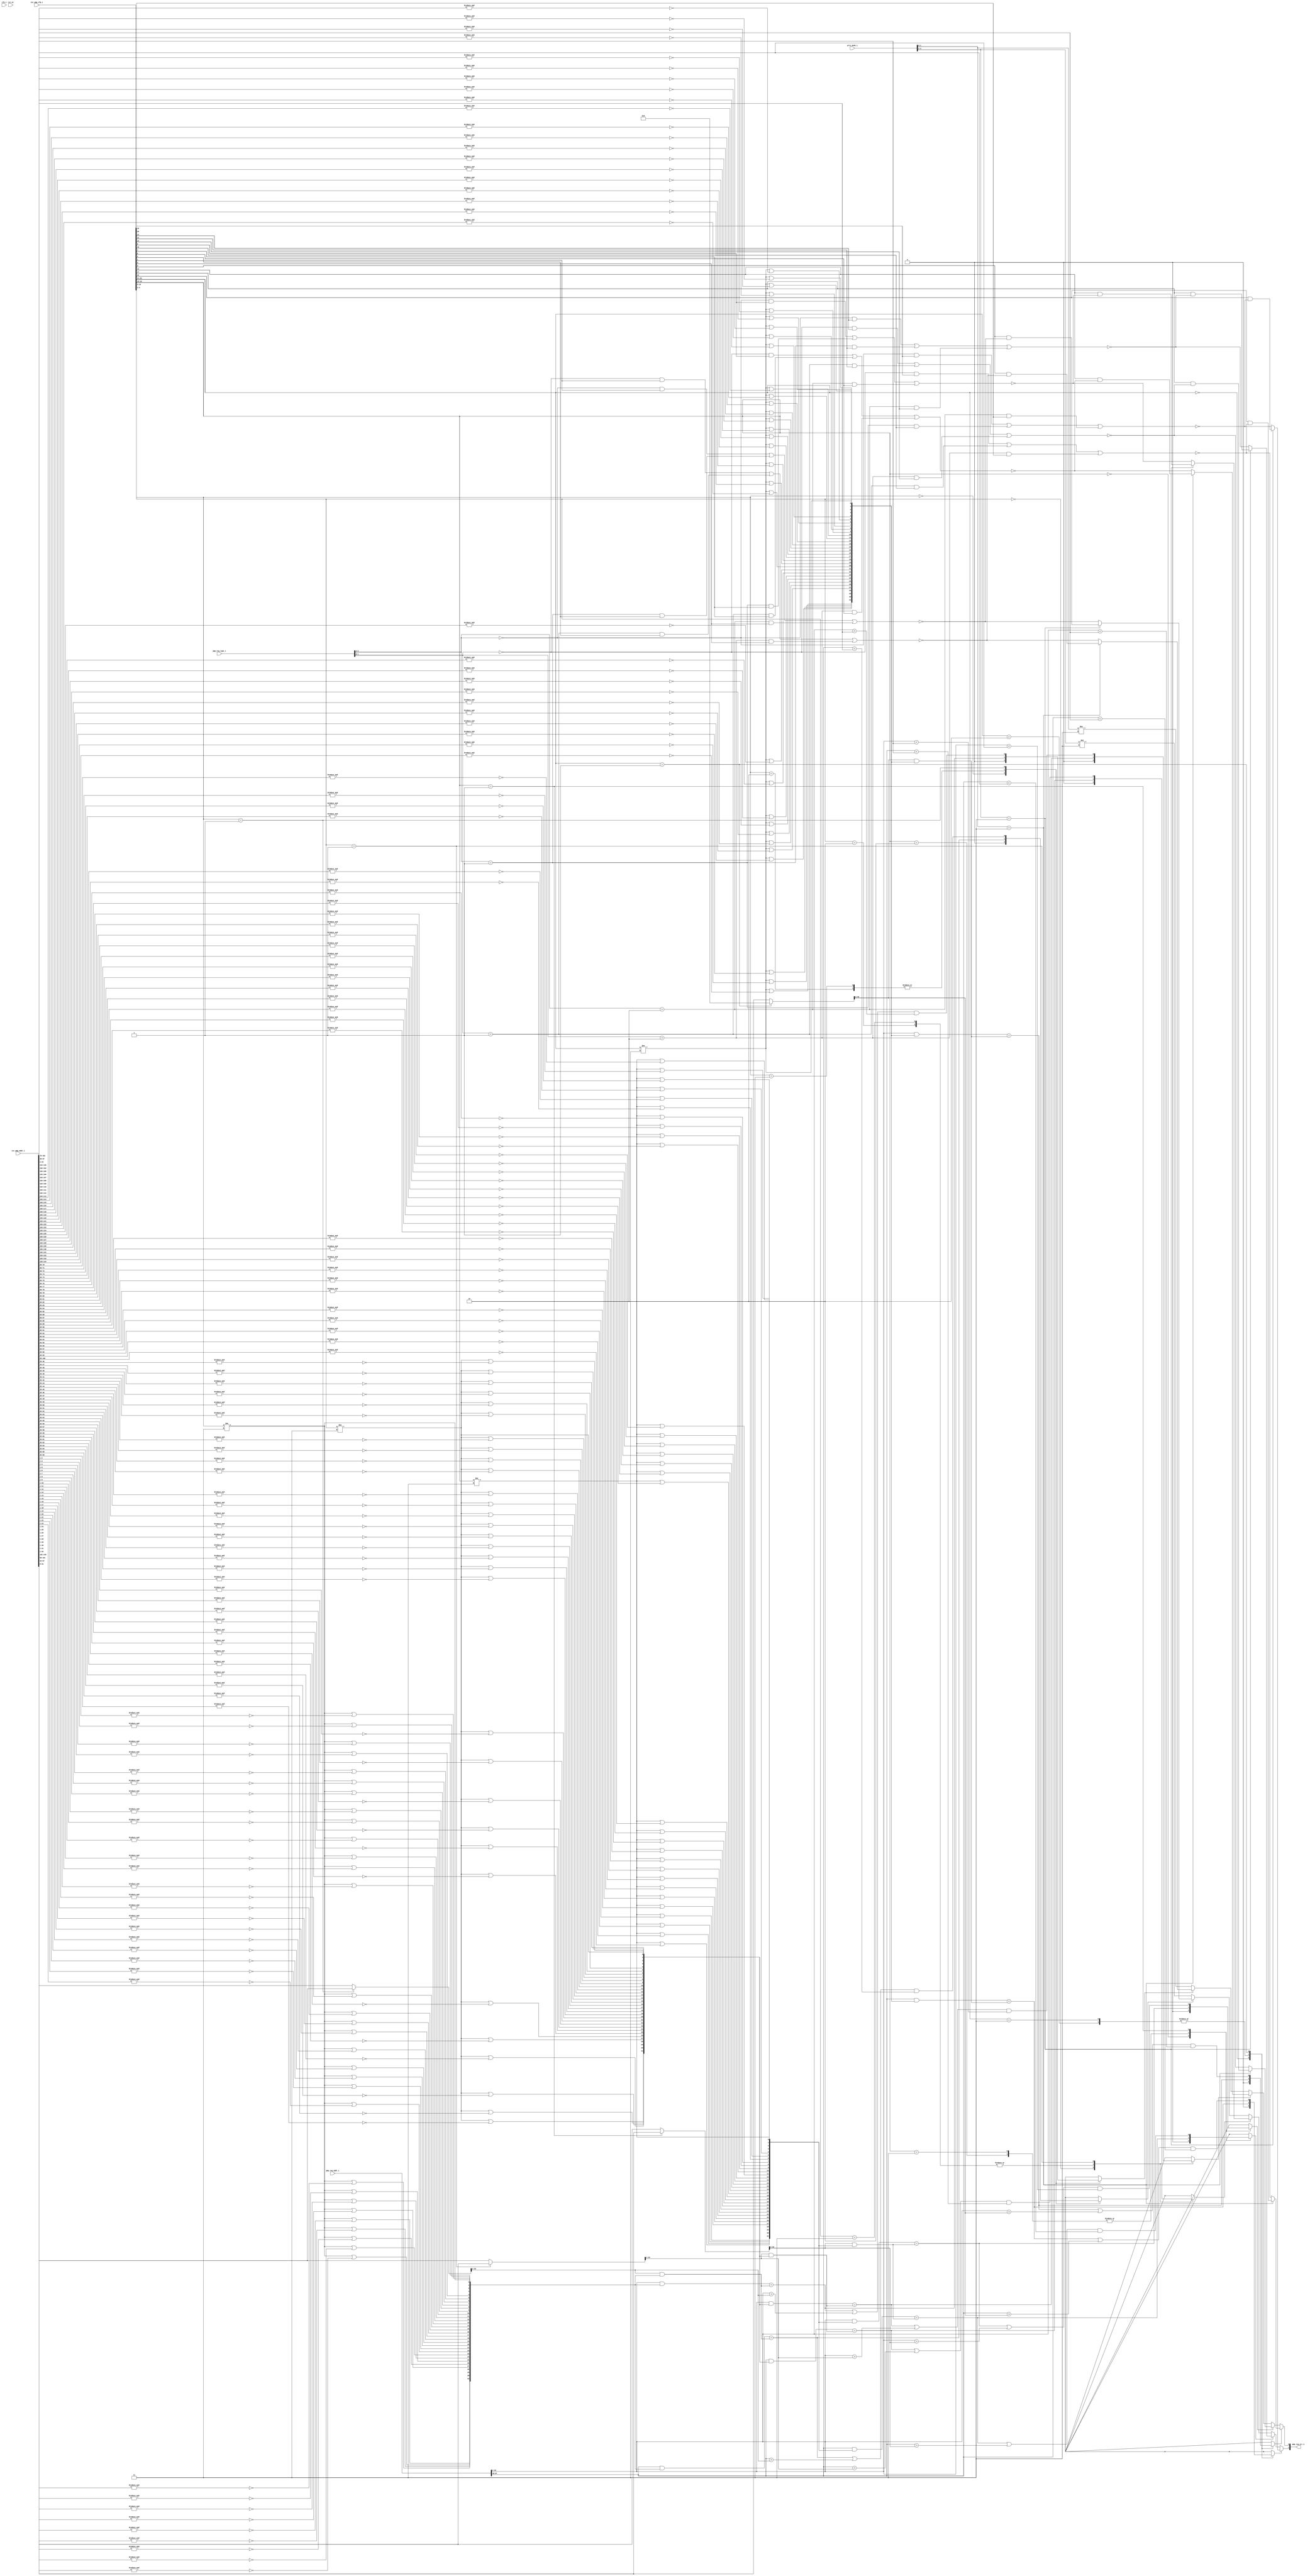
module ibex_pmp (
	clk_i,
	rst_ni,
	csr_pmp_cfg_i,
	csr_pmp_addr_i,
	priv_mode_i,
	pmp_req_addr_i,
	pmp_req_type_i,
	pmp_req_err_o
);
	parameter [31:0] PMPGranularity = 0;
	parameter [31:0] PMPNumChan = 2;
	parameter [31:0] PMPNumRegions = 4;
	input wire clk_i;
	input wire rst_ni;
	input wire [(0 >= (PMPNumRegions - 1) ? ((2 - PMPNumRegions) * 6) + (((PMPNumRegions - 1) * 6) - 1) : (PMPNumRegions * 6) - 1):(0 >= (PMPNumRegions - 1) ? (PMPNumRegions - 1) * 6 : 0)] csr_pmp_cfg_i;
	input wire [(0 >= (PMPNumRegions - 1) ? ((2 - PMPNumRegions) * 34) + (((PMPNumRegions - 1) * 34) - 1) : (PMPNumRegions * 34) - 1):(0 >= (PMPNumRegions - 1) ? (PMPNumRegions - 1) * 34 : 0)] csr_pmp_addr_i;
	input wire [(0 >= (PMPNumChan - 1) ? ((2 - PMPNumChan) * 2) + (((PMPNumChan - 1) * 2) - 1) : (PMPNumChan * 2) - 1):(0 >= (PMPNumChan - 1) ? (PMPNumChan - 1) * 2 : 0)] priv_mode_i;
	input wire [(0 >= (PMPNumChan - 1) ? ((2 - PMPNumChan) * 34) + (((PMPNumChan - 1) * 34) - 1) : (PMPNumChan * 34) - 1):(0 >= (PMPNumChan - 1) ? (PMPNumChan - 1) * 34 : 0)] pmp_req_addr_i;
	input wire [(0 >= (PMPNumChan - 1) ? ((2 - PMPNumChan) * 2) + (((PMPNumChan - 1) * 2) - 1) : (PMPNumChan * 2) - 1):(0 >= (PMPNumChan - 1) ? (PMPNumChan - 1) * 2 : 0)] pmp_req_type_i;
	output wire [0:PMPNumChan - 1] pmp_req_err_o;
	wire [33:0] region_start_addr [0:PMPNumRegions - 1];
	wire [33:PMPGranularity + 2] region_addr_mask [0:PMPNumRegions - 1];
	wire [(PMPNumChan * PMPNumRegions) - 1:0] region_match_gt;
	wire [(PMPNumChan * PMPNumRegions) - 1:0] region_match_lt;
	wire [(PMPNumChan * PMPNumRegions) - 1:0] region_match_eq;
	reg [(PMPNumChan * PMPNumRegions) - 1:0] region_match_all;
	wire [(PMPNumChan * PMPNumRegions) - 1:0] region_perm_check;
	reg [PMPNumChan - 1:0] access_fault;
	localparam [1:0] ibex_pkg_PMP_MODE_NAPOT = 2'b11;
	localparam [1:0] ibex_pkg_PMP_MODE_TOR = 2'b01;
	generate
		genvar r;
		for (r = 0; r < PMPNumRegions; r = r + 1) begin : g_addr_exp
			if (r == 0) begin : g_entry0
				assign region_start_addr[r] = (csr_pmp_cfg_i[((0 >= (PMPNumRegions - 1) ? r : (PMPNumRegions - 1) - r) * 6) + 4-:2] == ibex_pkg_PMP_MODE_TOR ? 34'h000000000 : csr_pmp_addr_i[(0 >= (PMPNumRegions - 1) ? r : (PMPNumRegions - 1) - r) * 34+:34]);
			end
			else begin : g_oth
				assign region_start_addr[r] = (csr_pmp_cfg_i[((0 >= (PMPNumRegions - 1) ? r : (PMPNumRegions - 1) - r) * 6) + 4-:2] == ibex_pkg_PMP_MODE_TOR ? csr_pmp_addr_i[(0 >= (PMPNumRegions - 1) ? r - 1 : (PMPNumRegions - 1) - (r - 1)) * 34+:34] : csr_pmp_addr_i[(0 >= (PMPNumRegions - 1) ? r : (PMPNumRegions - 1) - r) * 34+:34]);
			end
			genvar b;
			for (b = PMPGranularity + 2; b < 34; b = b + 1) begin : g_bitmask
				if (b == 2) begin : g_bit0
					assign region_addr_mask[r][b] = csr_pmp_cfg_i[((0 >= (PMPNumRegions - 1) ? r : (PMPNumRegions - 1) - r) * 6) + 4-:2] != ibex_pkg_PMP_MODE_NAPOT;
				end
				else begin : g_others
					assign region_addr_mask[r][b] = (csr_pmp_cfg_i[((0 >= (PMPNumRegions - 1) ? r : (PMPNumRegions - 1) - r) * 6) + 4-:2] != ibex_pkg_PMP_MODE_NAPOT) | ~&csr_pmp_addr_i[((0 >= (PMPNumRegions - 1) ? r : (PMPNumRegions - 1) - r) * 34) + ((b - 1) >= (PMPGranularity + 1) ? b - 1 : ((b - 1) + ((b - 1) >= (PMPGranularity + 1) ? ((b - 1) - (PMPGranularity + 1)) + 1 : ((PMPGranularity + 1) - (b - 1)) + 1)) - 1)-:((b - 1) >= (PMPGranularity + 1) ? ((b - 1) - (PMPGranularity + 1)) + 1 : ((PMPGranularity + 1) - (b - 1)) + 1)];
				end
			end
		end
	endgenerate
	localparam [1:0] ibex_pkg_PMP_ACC_EXEC = 2'b00;
	localparam [1:0] ibex_pkg_PMP_ACC_READ = 2'b10;
	localparam [1:0] ibex_pkg_PMP_ACC_WRITE = 2'b01;
	localparam [1:0] ibex_pkg_PMP_MODE_NA4 = 2'b10;
	localparam [1:0] ibex_pkg_PMP_MODE_OFF = 2'b00;
	localparam [1:0] ibex_pkg_PRIV_LVL_M = 2'b11;
	generate
		genvar c;
		for (c = 0; c < PMPNumChan; c = c + 1) begin : g_access_check
			for (r = 0; r < PMPNumRegions; r = r + 1) begin : g_regions
				assign region_match_eq[(c * PMPNumRegions) + r] = (pmp_req_addr_i[((0 >= (PMPNumChan - 1) ? c : (PMPNumChan - 1) - c) * 34) + (33 >= (PMPGranularity + 2) ? 33 : (33 + (33 >= (PMPGranularity + 2) ? 34 - (PMPGranularity + 2) : PMPGranularity - 30)) - 1)-:(33 >= (PMPGranularity + 2) ? 34 - (PMPGranularity + 2) : PMPGranularity - 30)] & region_addr_mask[r]) == (region_start_addr[r][33:PMPGranularity + 2] & region_addr_mask[r]);
				assign region_match_gt[(c * PMPNumRegions) + r] = pmp_req_addr_i[((0 >= (PMPNumChan - 1) ? c : (PMPNumChan - 1) - c) * 34) + (33 >= (PMPGranularity + 2) ? 33 : (33 + (33 >= (PMPGranularity + 2) ? 34 - (PMPGranularity + 2) : PMPGranularity - 30)) - 1)-:(33 >= (PMPGranularity + 2) ? 34 - (PMPGranularity + 2) : PMPGranularity - 30)] > region_start_addr[r][33:PMPGranularity + 2];
				assign region_match_lt[(c * PMPNumRegions) + r] = pmp_req_addr_i[((0 >= (PMPNumChan - 1) ? c : (PMPNumChan - 1) - c) * 34) + (33 >= (PMPGranularity + 2) ? 33 : (33 + (33 >= (PMPGranularity + 2) ? 34 - (PMPGranularity + 2) : PMPGranularity - 30)) - 1)-:(33 >= (PMPGranularity + 2) ? 34 - (PMPGranularity + 2) : PMPGranularity - 30)] < csr_pmp_addr_i[((0 >= (PMPNumRegions - 1) ? r : (PMPNumRegions - 1) - r) * 34) + (33 >= (PMPGranularity + 2) ? 33 : (33 + (33 >= (PMPGranularity + 2) ? 34 - (PMPGranularity + 2) : PMPGranularity - 30)) - 1)-:(33 >= (PMPGranularity + 2) ? 34 - (PMPGranularity + 2) : PMPGranularity - 30)];
				always @(*) begin
					region_match_all[(c * PMPNumRegions) + r] = 1'b0;
					case (csr_pmp_cfg_i[((0 >= (PMPNumRegions - 1) ? r : (PMPNumRegions - 1) - r) * 6) + 4-:2])
						ibex_pkg_PMP_MODE_OFF: region_match_all[(c * PMPNumRegions) + r] = 1'b0;
						ibex_pkg_PMP_MODE_NA4: region_match_all[(c * PMPNumRegions) + r] = region_match_eq[(c * PMPNumRegions) + r];
						ibex_pkg_PMP_MODE_NAPOT: region_match_all[(c * PMPNumRegions) + r] = region_match_eq[(c * PMPNumRegions) + r];
						ibex_pkg_PMP_MODE_TOR: region_match_all[(c * PMPNumRegions) + r] = (region_match_eq[(c * PMPNumRegions) + r] | region_match_gt[(c * PMPNumRegions) + r]) & region_match_lt[(c * PMPNumRegions) + r];
						default: region_match_all[(c * PMPNumRegions) + r] = 1'b0;
					endcase
				end
				assign region_perm_check[(c * PMPNumRegions) + r] = (((pmp_req_type_i[(0 >= (PMPNumChan - 1) ? c : (PMPNumChan - 1) - c) * 2+:2] == ibex_pkg_PMP_ACC_EXEC) & csr_pmp_cfg_i[((0 >= (PMPNumRegions - 1) ? r : (PMPNumRegions - 1) - r) * 6) + 2]) | ((pmp_req_type_i[(0 >= (PMPNumChan - 1) ? c : (PMPNumChan - 1) - c) * 2+:2] == ibex_pkg_PMP_ACC_WRITE) & csr_pmp_cfg_i[((0 >= (PMPNumRegions - 1) ? r : (PMPNumRegions - 1) - r) * 6) + 1])) | ((pmp_req_type_i[(0 >= (PMPNumChan - 1) ? c : (PMPNumChan - 1) - c) * 2+:2] == ibex_pkg_PMP_ACC_READ) & csr_pmp_cfg_i[(0 >= (PMPNumRegions - 1) ? r : (PMPNumRegions - 1) - r) * 6]);
			end
			always @(*) begin
				access_fault[c] = priv_mode_i[(0 >= (PMPNumChan - 1) ? c : (PMPNumChan - 1) - c) * 2+:2] != ibex_pkg_PRIV_LVL_M;
				begin : sv2v_autoblock_1
					reg signed [31:0] r;
					for (r = PMPNumRegions - 1; r >= 0; r = r - 1)
						if (region_match_all[(c * PMPNumRegions) + r])
							access_fault[c] = (priv_mode_i[(0 >= (PMPNumChan - 1) ? c : (PMPNumChan - 1) - c) * 2+:2] == ibex_pkg_PRIV_LVL_M ? csr_pmp_cfg_i[((0 >= (PMPNumRegions - 1) ? r : (PMPNumRegions - 1) - r) * 6) + 5] & ~region_perm_check[(c * PMPNumRegions) + r] : ~region_perm_check[(c * PMPNumRegions) + r]);
				end
			end
			assign pmp_req_err_o[c] = access_fault[c];
		end
	endgenerate
endmodule